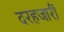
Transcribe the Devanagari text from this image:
दरहजारी